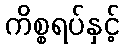
ကိစ္စရပ်နှင့်